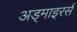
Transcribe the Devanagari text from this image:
अड्माइरर्स